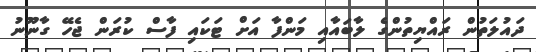
ދައުލަތުން ރަައްޔިތުންގެ ލާބައާއި މަންފާ އަށް ޓަކައި ފާސް ކުރަން ޖެހޭ ގާނޫނު